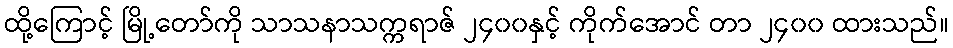
ထို့ကြောင့် မြို့တော်ကို သာသနာသက္ကရာဇ် ၂၄၀၀နှင့် ကိုက်အောင် တာ ၂၄၀၀ ထားသည်။